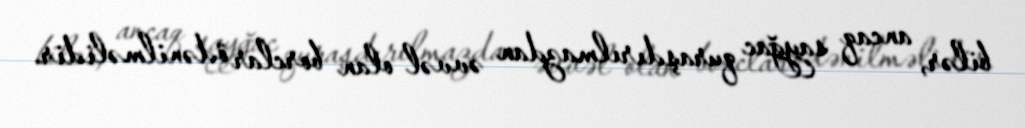
bilər, ancaq sayğac quraşdırılmazdan əvvəl olan borclar ödənilməlidir.